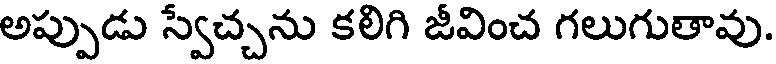
అప్పుడు స్వేచ్చను కలిగి జీవించ గలుగుతావు.